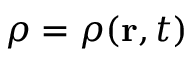
\rho = \rho ( \mathbf { r } , t )